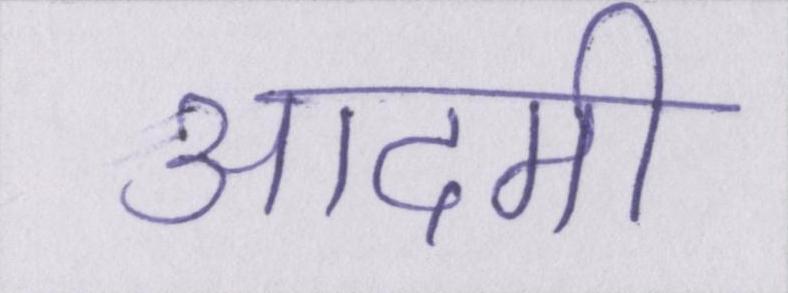
आदमी